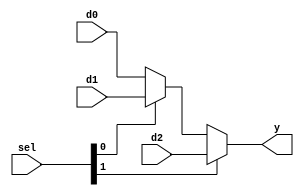
module mux3 #(parameter WIDTH = 8)
             (input  [WIDTH-1:0] d0, d1, d2,
              input  [1:0]       sel, 
              output [WIDTH-1:0] y);

  assign y = sel[1] ? d2 : (sel[0] ? d1 : d0); 

endmodule